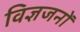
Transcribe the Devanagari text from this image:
विज्ञजनों